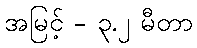
အမြင့် - ၃.၂ မီတာ